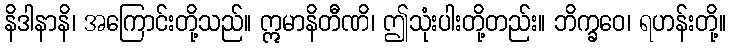
နိဒါနာနိ၊ အကြောင်းတို့သည်။ ဣမာနိတီဏိ၊ ဤသုံးပါးတို့တည်း။ ဘိက္ခဝေ၊ ရဟန်းတို့။